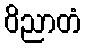
ဝိညာတံ